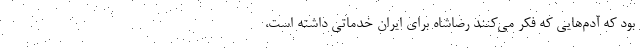
بود که آدم‌هایی که فکر می‌کنند رضاشاه برای ایران خدماتی داشته است،